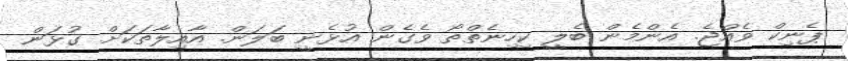
ޕެނިކް ވެއްޖެ. އެންމެން ބެލީ ކިހިނެތްތޯ ވެގެން އުޅެނީ ބަލަން. އާއިލާތަކަށް ގުޅަން